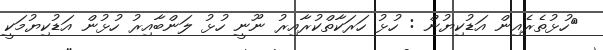
ހުޅުތެރެއިން އަޑުކިޔުން : ހުޅު ހަރަކާތްކުރާއިރު ނޫނީ ހުޅު ލަންބާއިރު ހުޅުން އަޑުކިޔުމަކީ